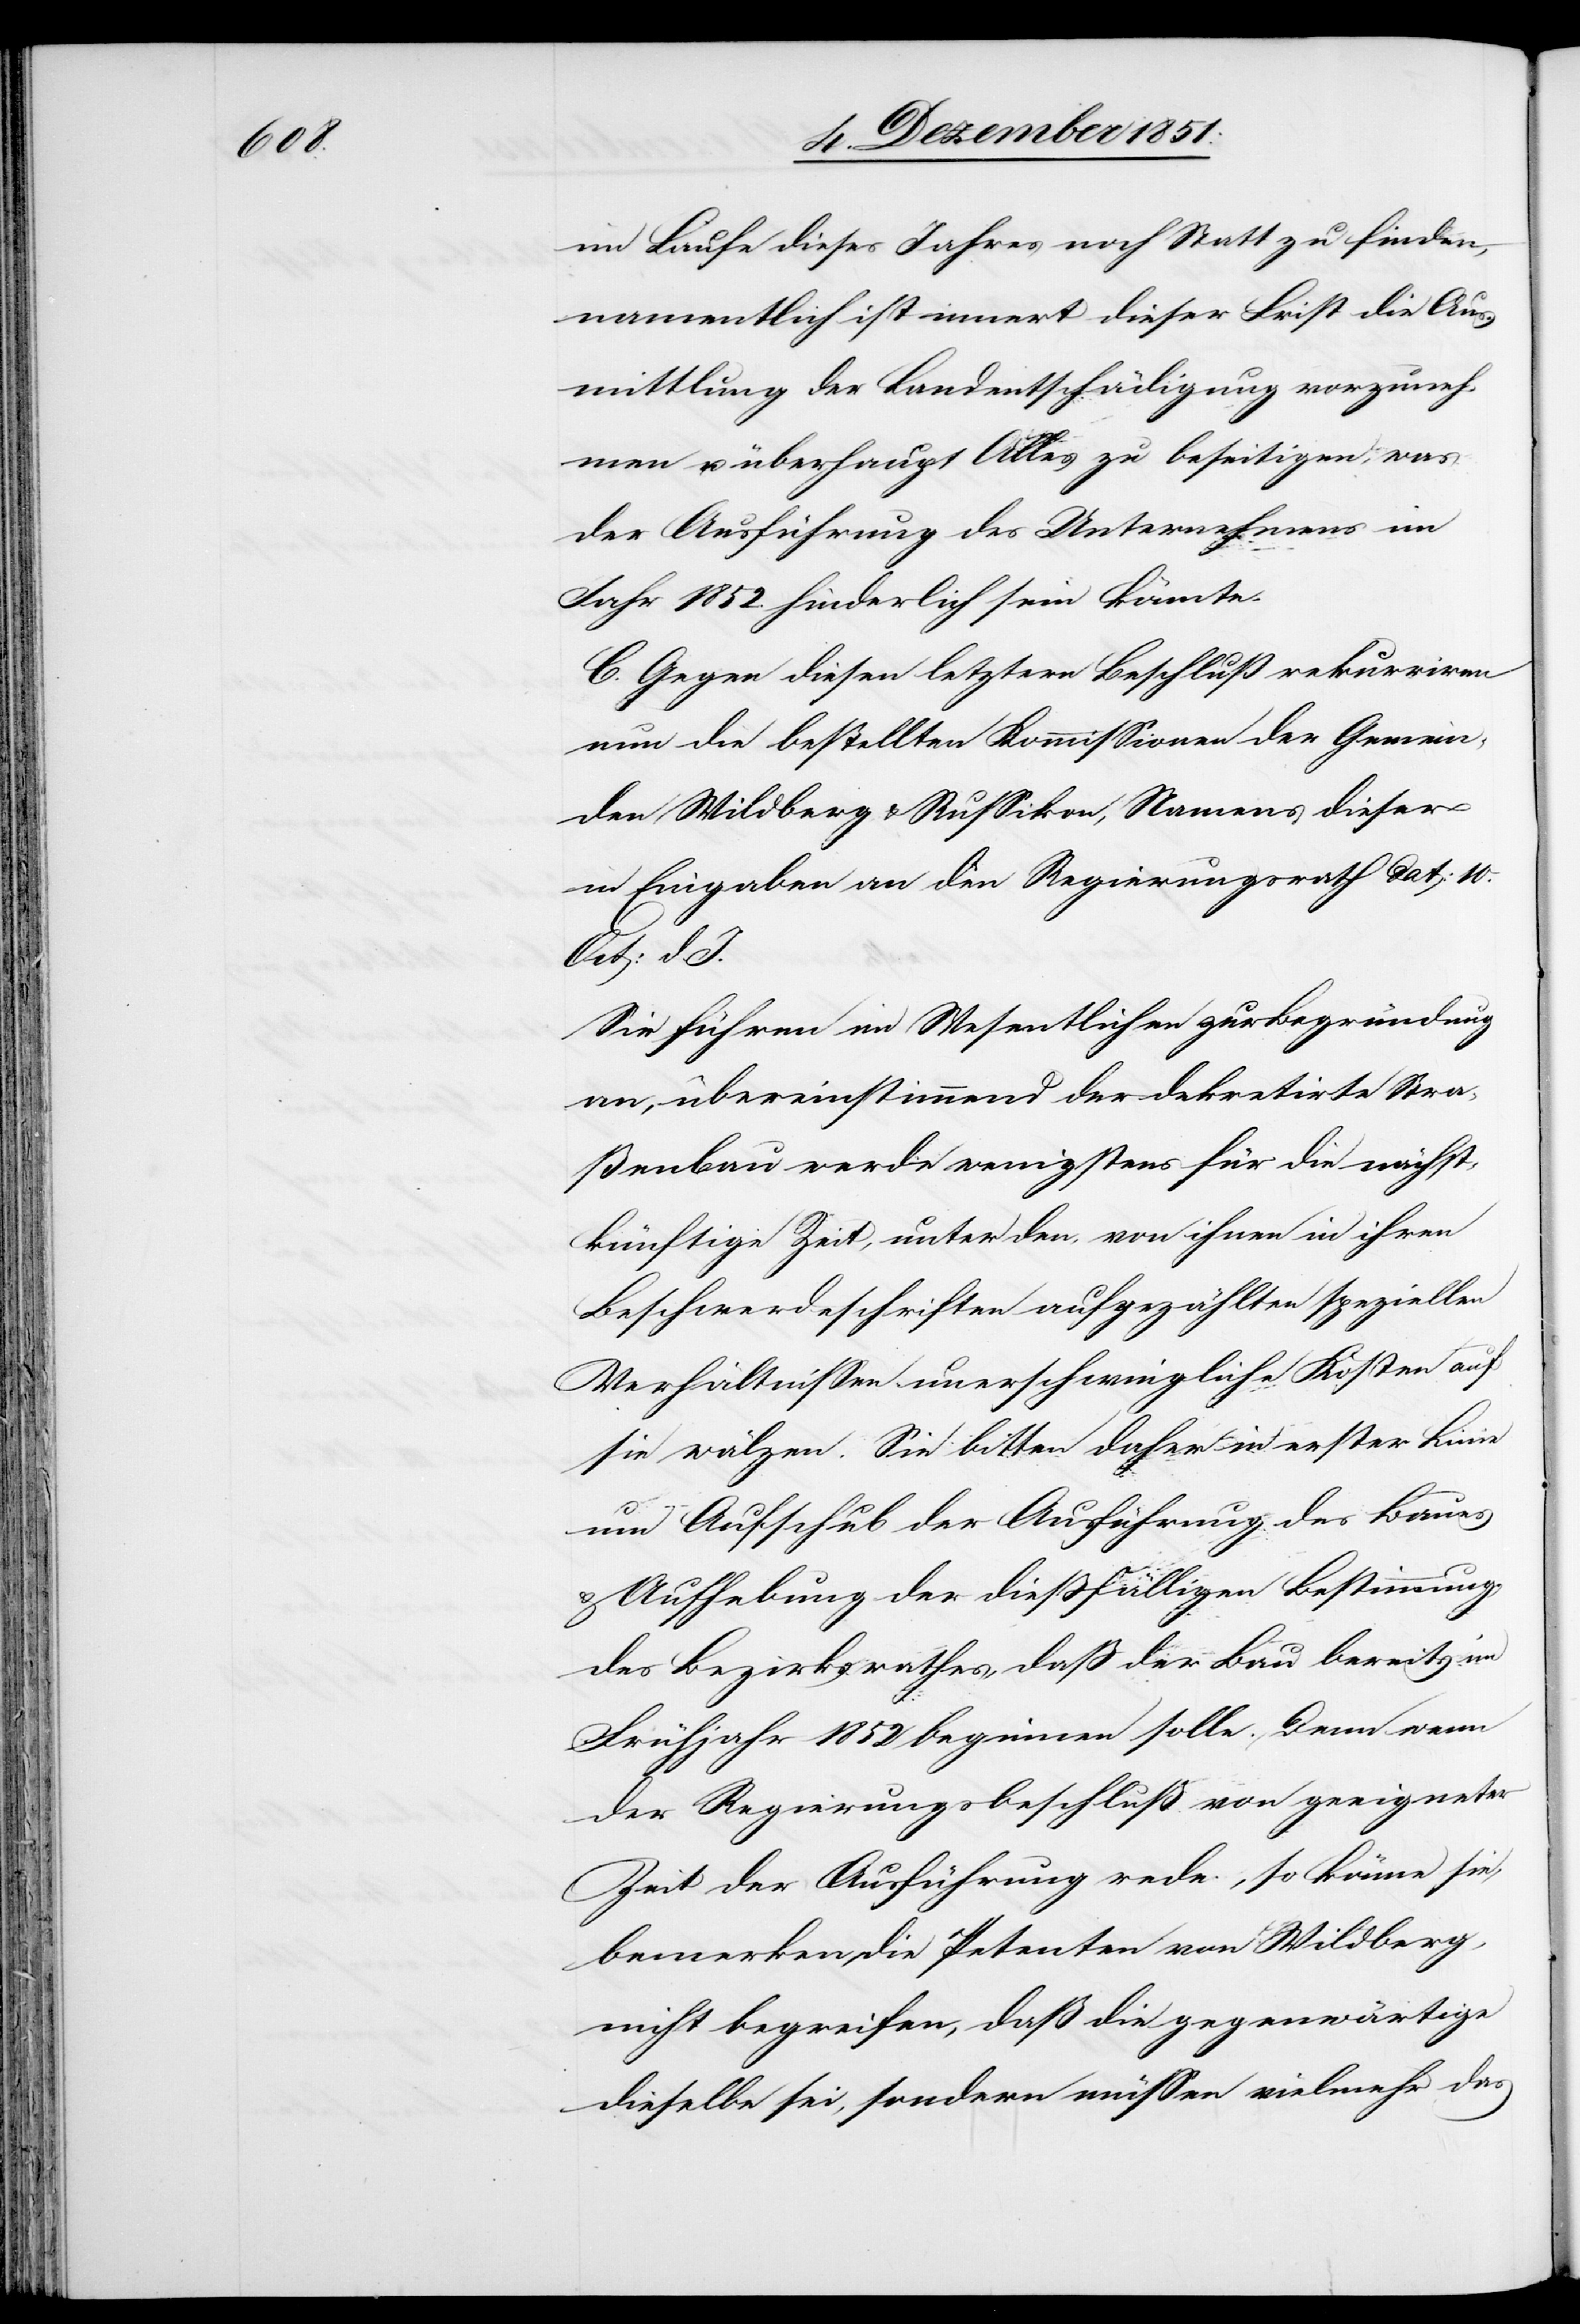
im Laufe dieses Jahres noch Statt zu finden,
namentlich ist innert dieser Frist die Aus¬
mittlung der Landentschädigung vorzuneh¬
men u. überhaupt Alles zu beseitigen, was
der Ausführung des Unternehmens im
Jahr 1852. hinderlich sein könnte.
C. Gegen diesen letztern Beschluß rekurriren
nun die bestellten Kommissionen der Gemein¬
den Wildberg & Russikon, Namens dieser
in Eingaben an den Regierungsrath dat: 10.
Oct: d. J.
Sie führen im Wesentlichen zur Begründung
an, übereinstimmend der dekretirte Stra¬
ßenbau werde wenigstens für die nächst¬
künftige Zeit, unter den, von ihnen in ihren
Beschwerdeschriften aufgezählten speziellen
Verhältnissen unerschwingliche Kosten auf
sie wälzen. Sie bitten daher in erster Linie
um Aufschub der Ausführung des Baues
Aufhebung der dießfälligen Bestimmung
des Bezirksrathes, daß der Bau bereits im
Frühjahr 1852 beginnen solle. Denn wenn
der Regierungsbeschluß von geeigneter
Zeit der Ausführung rede, so könne sie,
bemerken die Petenten von Wildberg,
nicht begreifen, daß die gegenwärtige
dieselbe sei, sondern müssen vielmehr das